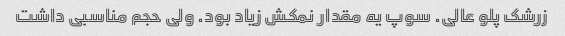
زرشک پلو عالی. سوپ یه مقدار نمکش زیاد بود. ولی حجم مناسبی داشت